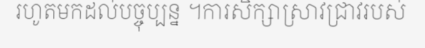
រហូតមកដល់បច្ចុប្បន្ន ។ការសិក្សាស្រាវជ្រាវរបស់